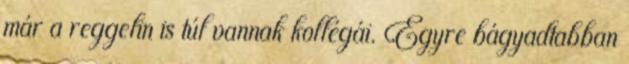
már a reggelin is túl vannak kollégái. Egyre bágyadtabban